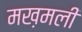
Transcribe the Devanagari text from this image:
मख़मली